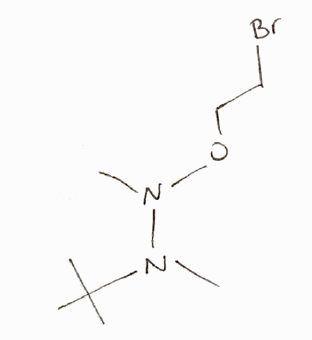
Simplified molecular-input line-entry system (SMILES) notation of the given molecule:
CC(C)(C)N(C)N(C)OCCBr